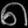
Digit: ၈